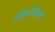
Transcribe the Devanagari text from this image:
हांबुर्गस्थित